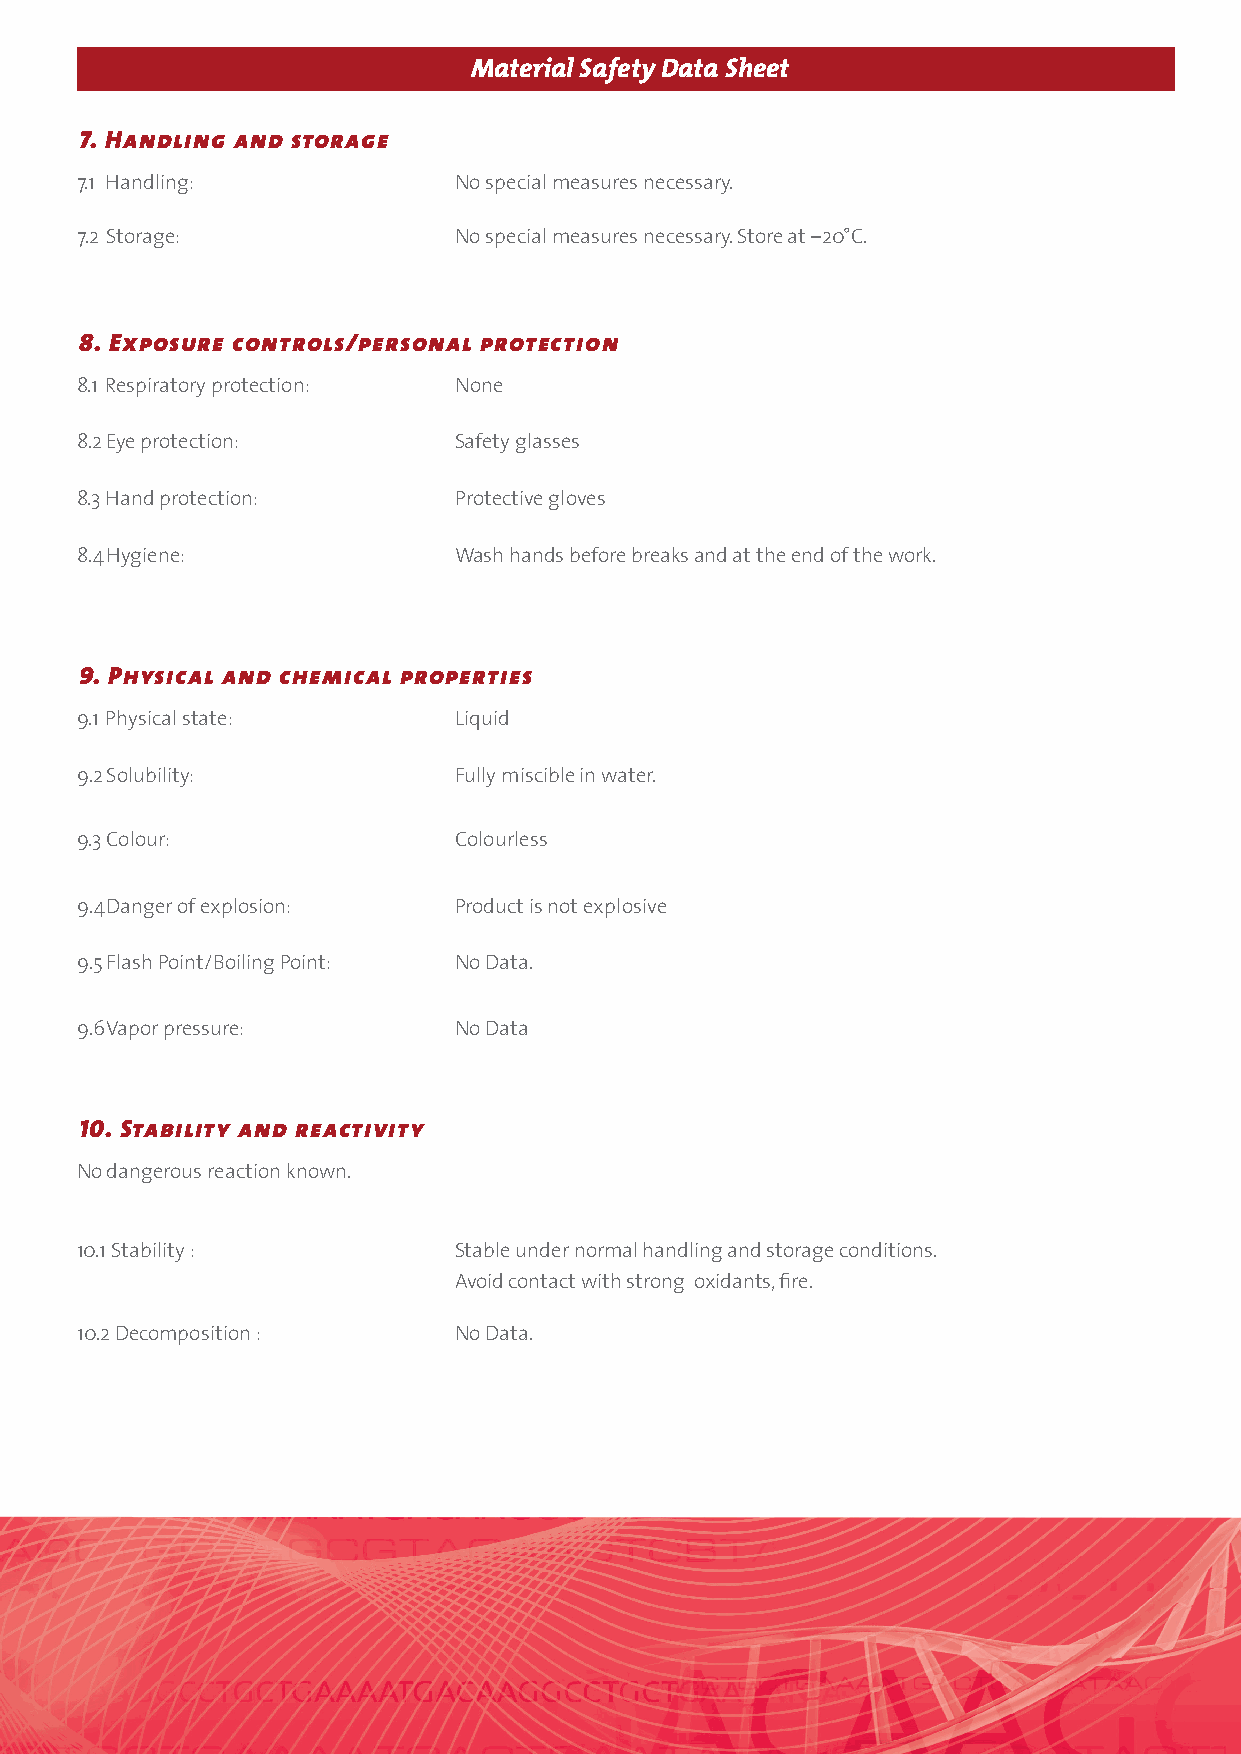
Material Safety Data Sheet
 7. Handling and storage
 7.1 Handling:            No special measures necessary.
 7.2 Storage:             No special measures necessary. Store at –20°C.
 8. Exposure controls/personal protection
 8.1 Respiratory protection: None
 8.2 Eye protection:      Safety glasses
 8.3 Hand protection:     Protective gloves
 8.4 Hygiene:             Wash hands before breaks and at the end of the work.
 9. Physical and chemical properties
 9.1 Physical state:      Liquid
 9.2 Solubility:          Fully miscible in water.
 9.3 Colour:              Colourless
 9.4 Danger of explosion: Product is not explosive
 9.5 Flash Point/Boiling Point: No Data.
 9.6 Vapor pressure:      No Data
 10. Stability and reactivity
 No dangerous reaction known.
 10.1 Stability :         Stable under normal handling and storage conditions.
 Avoid contact with strong oxidants, fi re.
 10.2 Decomposition :     No Data.